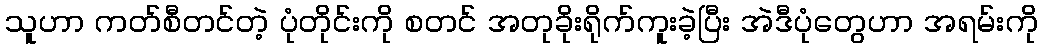
သူဟာ ကတ်စီတင်တဲ့ ပုံတိုင်းကို စတင် အတုခိုးရိုက်ကူးခဲ့ပြီး အဲဒီပုံတွေဟာ အရမ်းကို